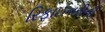
રિફાઈનરીની